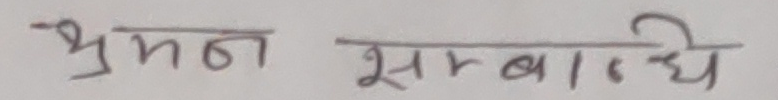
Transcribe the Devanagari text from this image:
भ्रमण सम्बन्धिये